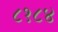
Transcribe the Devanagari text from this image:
८१८४